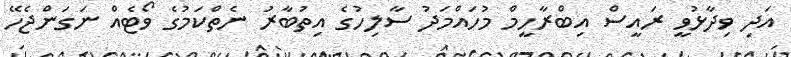
އަދި ވިދާޅުވީ ރައީސް އިބްރާހީމް މުހައްމަދު ސާލިހުގެ އިތުބާރު ނެތްކަމުގެ ވޯޓެއް ނަގަންޖެހޭ